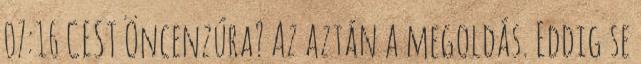
07:16 CEST Öncenzúra? Az aztán a megoldás. Eddig se